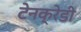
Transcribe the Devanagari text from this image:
टेनक्रेडी